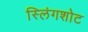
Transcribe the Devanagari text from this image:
स्लिंगशोट